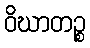
ဝိဃာတဉ္စ